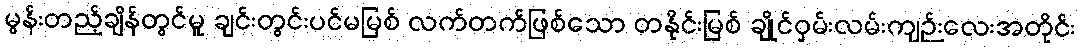
မွန်းတည့်ချိန်တွင်မူ ချင်းတွင်းပင်မမြစ် လက်တက်ဖြစ်သော တနိုင်းမြစ် ချိုင်ဝှမ်းလမ်းကျဉ်းလေးအတိုင်း